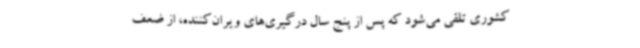
کشوری تلقی می‌شود که پس از پنج سال درگیری‌های ویران‌کننده، از ضعف